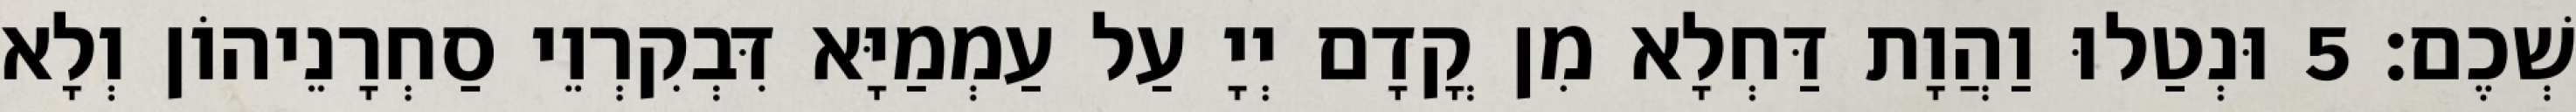
שְׁכֶם׃ 5 וּנְטַלוּ וַהֲוָת דַּחְלָא מִן קֳדָם יְיָ עַל עַמְמַיָּא דִּבְקִרְוֵי סַחְרָנֵיהוֹן וְלָא